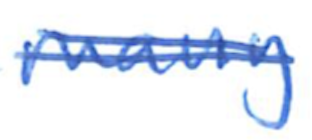
Text: many
Cross-out: double-line
Writing tool: ballpoint